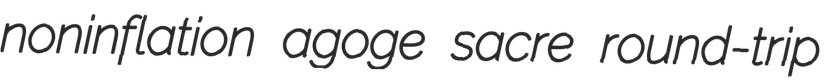
noninflation agoge sacre round-trip